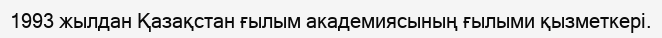
1993 жылдан Қазақстан ғылым академиясының ғылыми қызметкері.